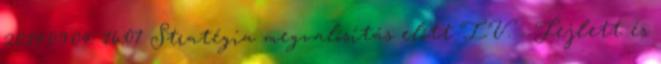
2014.09.04. 16:07 Stratégia megvalósítás előtt IV. - Fejlett és